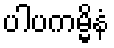
ပါပကမ္မိနံ